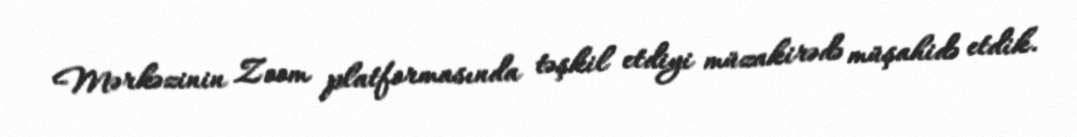
Mərkəzinin Zoom platformasında təşkil etdiyi müzakirədə müşahidə etdik.